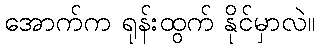
အောက်က ရုန်းထွက် နိုင်မှာလဲ။